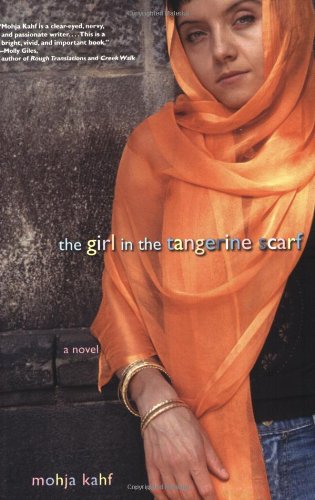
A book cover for The Girl in the Tangerine Scarf: A Novel; Mohja Kahf; Literature & Fiction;